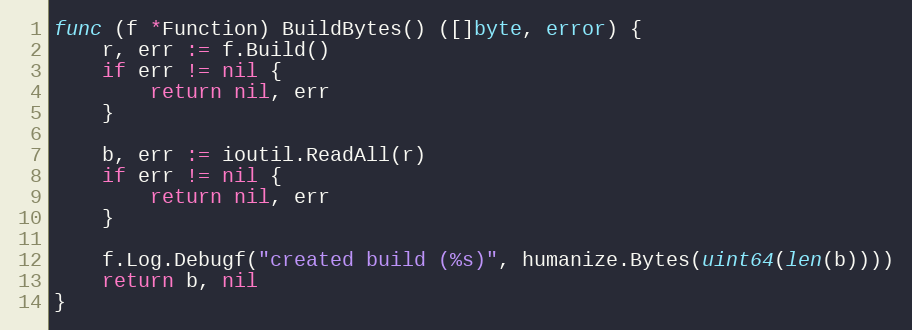
Language: Go
func (f *Function) BuildBytes() ([]byte, error) {
	r, err := f.Build()
	if err != nil {
		return nil, err
	}

	b, err := ioutil.ReadAll(r)
	if err != nil {
		return nil, err
	}

	f.Log.Debugf("created build (%s)", humanize.Bytes(uint64(len(b))))
	return b, nil
}